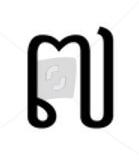
៧